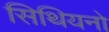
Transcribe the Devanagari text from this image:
सिथियनो